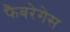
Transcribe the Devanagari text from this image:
फैबरेगेस